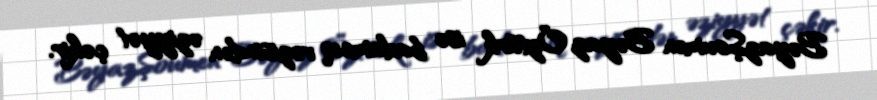
BəyazŞoumen Bəyaz Öztürk isə badamcıq vəzisindən əziyyət çəkir.